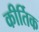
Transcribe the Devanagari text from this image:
कीर्तिक